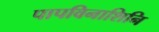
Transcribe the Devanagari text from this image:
पापविनाशिनि